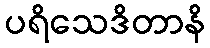
ပရိသေဒိတာနိ